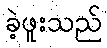
ခဲ့ဖူးသည်